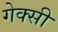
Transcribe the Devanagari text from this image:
गेक्सी